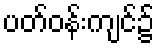
ပတ်ဝန်းကျင်၌